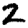
Digit: 2